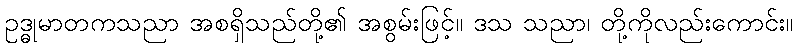
ဥဒ္ဓုမာတကသညာ အစရှိသည်တို့၏ အစွမ်းဖြင့်။ ဒသ သညာ၊ တို့ကိုလည်းကောင်း။